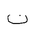
Letter: _non